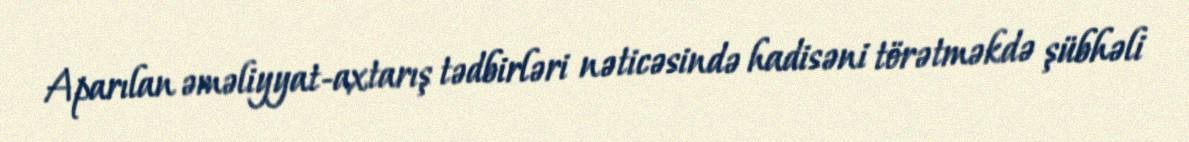
Aparılan əməliyyat-axtarış tədbirləri nəticəsində hadisəni törətməkdə şübhəli